Report on lock hospitals in British Burma
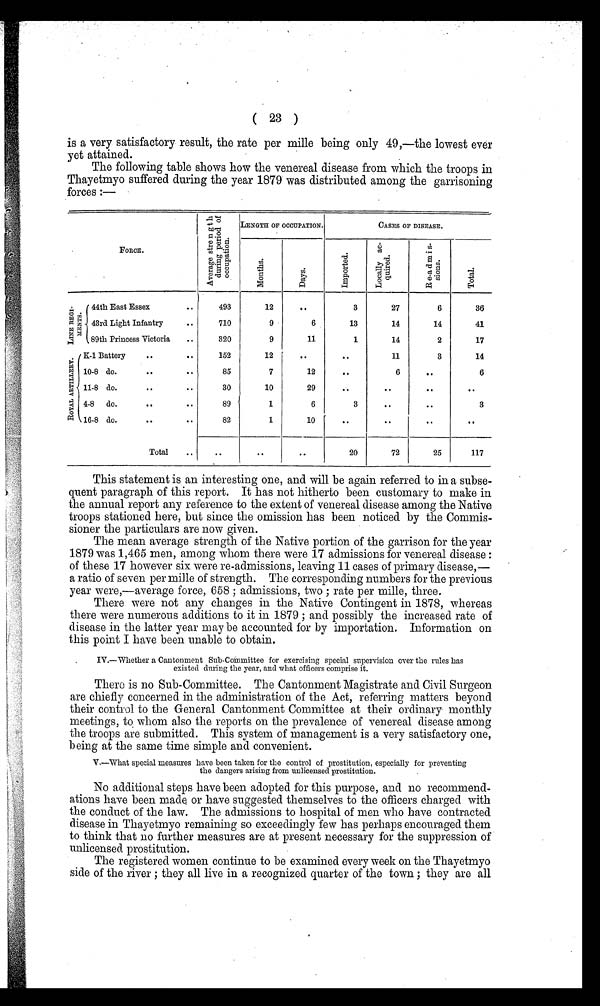
( 23 )
is a very satisfactory result, the rate per mille being only 49,—the lowest ever
yet attained.
The following table shows how the venereal disease from which the troops in
Thayetmyo suffered during the year 1879 was distributed among the garrisoning
forces :—
FORCE.
A v e r a g e s t r e n g t h d u r i n g p e r i o d o f o c c u p a t i o n .
LENGTH OP OC0CUPATION.
CASES OF DISEASE.
M o n t h s .
D A Y S .
I m p o r t e d .
L o c a l l y a c - q u i r e d .
R e - a d m i s - s i o n s .
T o t a l .
L I N E R E G I - M E N T S
.
44th East Essex
43rd Light Infantry
89th Princess Victoria
. .
493
12
. .
3
27
6
36
. .
710
9
6
13
14
14
41
..
320
9
11
1
14
2
17
R O Y A L A R T T L L E R Y .
K-1 Battery
. .
..
152
12
..
..
11
3
14
10-8 do.
. .
..
85
7
12
. .
6
. .
6
11-8 do.
. .
..
30
10
29
. . ..
. .
4-8 do.
. .
. .
89
1
6
3
. .
. .
3
16-8 do.
. .
. .
82
1
10
..
..
..
. .
Total
. .
. .
. .
. .
20
72
25
117
This statement is an interesting one, and will be again referred to in a subse-
quent paragraph of this report. It has not hitherto been customary to make in
the annual report any reference to the extent of venereal disease among the Native
troops stationed here, but since the omission has been noticed by the Commis-
sioner the particulars are now given.
The mean average strength of the Native portion of the garrison for the year
1879 was 1,465 men, among whom there were 17 admissions for venereal disease :
of these 17 however six were re-admissions, leaving 11 cases of primary disease,—
a ratio of seven per mille of strength. The corresponding numbers for the previous
year were,—average force, 658 ; admissions, two ; rate per mille, three.
There were not any changes in the Native Contingent in 1878, whereas
there were numerous additions to it in 1879 ; and possibly the increased rate of
disease in the latter year may be accounted for by importation. Information on
this point I have been unable to obtain.
IV.—Whether a Cantonment Sub-Committee for exercising special supervision over the rules has
existed during the year, and what officers comprise it.
There is no Sub-Committee. The Cantonment Magistrate and Civil Surgeon
are chiefly concerned in the administration of the Act, referring matters beyond
their control to the General Cantonment Committee at their ordinary monthly
meetings, to whom also the reports on the prevalence of venereal disease among
the troops are submitted. This system of management is a very satisfactory one,
being at the same time simple and convenient.
V,—What special measures have been taken for the control of prostitution, especially for preventing
the dangers arising from unlicensed prostitution.
No additional steps have been adopted for this purpose, and no recommend-
ations have been made or have suggested themselves to the officers charged with
the conduct of the law. The admissions to hospital of men who have contracted
disease in Thayetmyo remaining so exceedingly few has perhaps encouraged them
to think that no further measures are at present necessary for the suppression of
unlicensed prostitution.
The registered women continue to be examined every week on the Thayetmyo
side of the river ; they all live in a recognized quarter of the town ; they are all